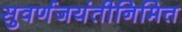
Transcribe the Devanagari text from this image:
सुवर्णजयंतीनिमित्त